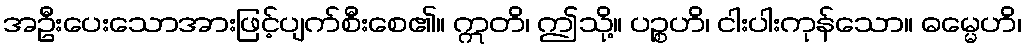
အဦးပေးသောအားဖြင့်ပျက်စီးစေ၏။ ဣတိ၊ ဤသို့။ ပဉ္စဟိ၊ ငါးပါးကုန်သော။ ဓမ္မေဟိ၊